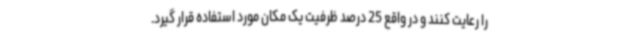
را رعایت کنند و در واقع 25 درصد ظرفیت یک مکان مورد استفاده قرار گیرد.